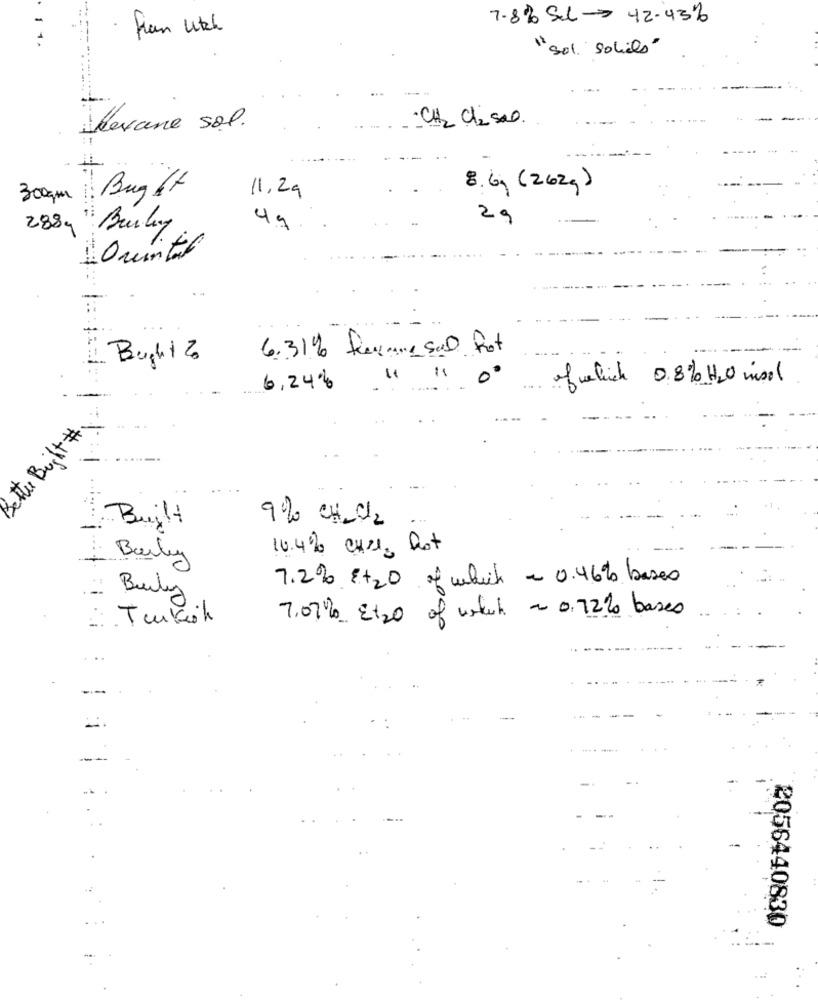
7.8% Sel 42.43%
fran witch
"sol."solils"
·CH2 Cl2 sal.
Alevane sol.
300pm Bug Ht
11,29
8.6g (262g)
29
288g " Burly
4g
Quintal
6.31% forcame sal fot
Bught %
0
ofwhich 0.8% H2O wool
-
6.24%
the Bight #1
Built
9% CH-CH2
-
10.4 % CHIC, Pot
Barley
7.2% +20 of which = 0.46 % bases
Burly
7.07 % Et20 of which - 0.72% bases
Turkish
2056440830